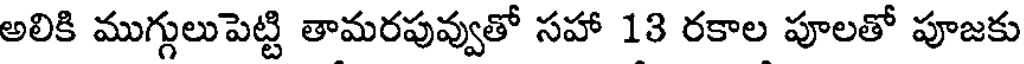
అలికి ముగ్గులుపెట్టి తామరపువ్వుతో సహా 13 రకాల పూలతో పూజకు